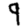
Digit: 9